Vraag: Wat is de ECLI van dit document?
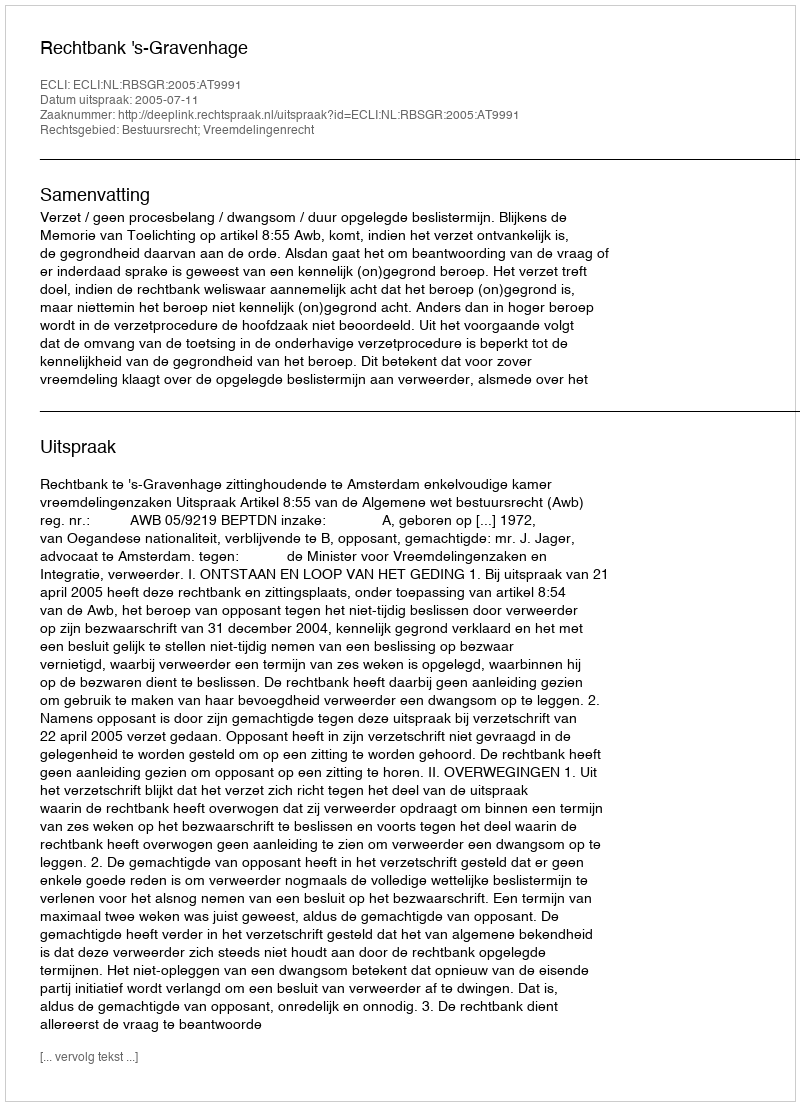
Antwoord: ECLI:NL:RBSGR:2005:AT9991